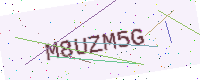
Text: M8UZM5G